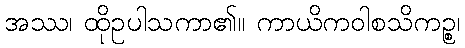
အဿ၊ ထိုဥပါသကာ၏။ ကာယိကဝါစသိကဉ္စ၊